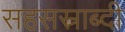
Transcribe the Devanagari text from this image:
सहसस्राब्दी